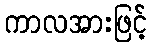
ကာလအားဖြင့်